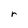
Character: r